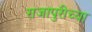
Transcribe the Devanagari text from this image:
राजापुरीच्या